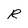
Character: R